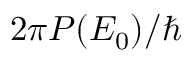
2 \pi P ( E _ { 0 } ) / \hbar